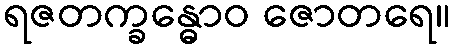
ရဇတက္ခန္ဓောဝ ဇောတရေ။